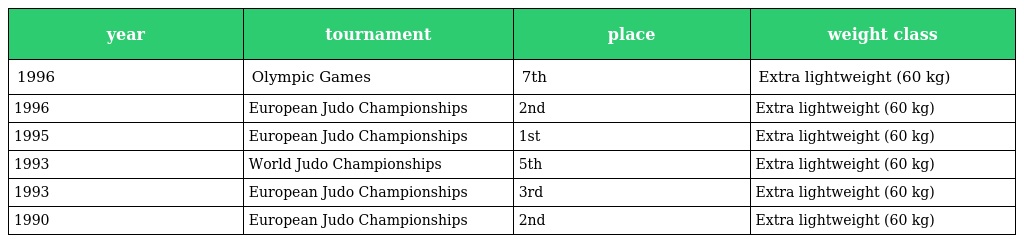
| year | tournament | place | weight class |
 | --- | --- | --- | --- |
 | 1996 | Olympic Games | 7th | Extra lightweight (60 kg) |
 | 1996 | European Judo Championships | 2nd | Extra lightweight (60 kg) |
 | 1995 | European Judo Championships | 1st | Extra lightweight (60 kg) |
 | 1993 | World Judo Championships | 5th | Extra lightweight (60 kg) |
 | 1993 | European Judo Championships | 3rd | Extra lightweight (60 kg) |
 | 1990 | European Judo Championships | 2nd | Extra lightweight (60 kg) |